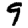
Digit: 9